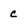
Character: c